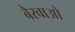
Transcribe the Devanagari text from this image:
बैरवाओ